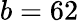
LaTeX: b=62